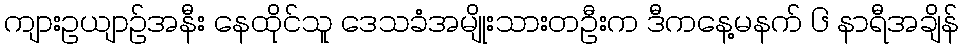
ကျားဥယျာဉ်အနီး နေထိုင်သူ ဒေသခံအမျိုးသားတဦးက ဒီကနေ့မနက် ၆ နာရီအချိန်